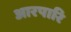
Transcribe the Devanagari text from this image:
आरपारि